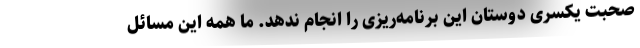
صحبت یکسری دوستان این برنامه‌ریزی را انجام ندهد. ما همه این مسائل